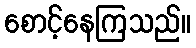
စောင့်နေကြသည်။